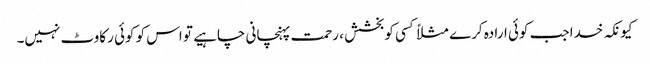
کیونکہ خدا جب کوئی ارادہ کرے مثلاً کسی کوبخشش ، رحمت پہنچانی چاہیے تو اس کو کوئی رکاوٹ نہیں۔